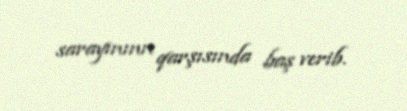
sarayınınn qarşısında baş verib.